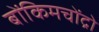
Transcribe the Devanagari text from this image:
बोंकिमचोंद्रो